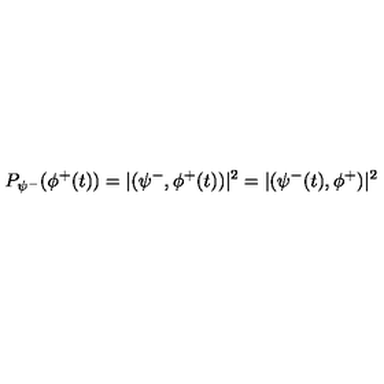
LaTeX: P _ { \psi ^ { - } } ( \phi ^ { + } ( t ) ) = | ( \psi ^ { - } , \phi ^ { + } ( t ) ) | ^ { 2 } = | ( \psi ^ { - } ( t ) , \phi ^ { + } ) | ^ { 2 }